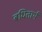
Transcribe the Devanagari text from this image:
बधितार्थ